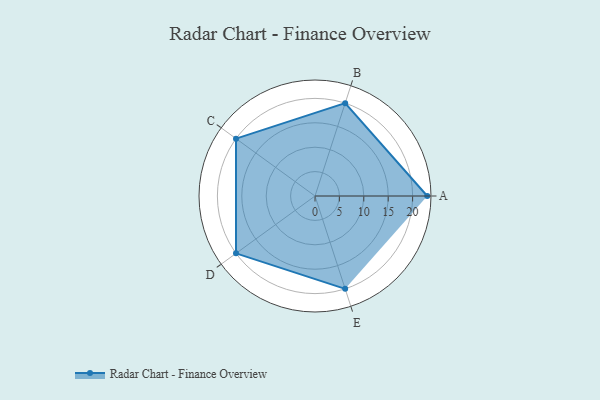
{"axis": {"x": "Skill", "y": "Score"}, "legend": ["Profile"], "data": [{"x": "A", "y": 23.0, "type": "Profile"}, {"x": "B", "y": 20, "type": "Profile"}, {"x": "C", "y": 20, "type": "Profile"}, {"x": "D", "y": 20, "type": "Profile"}, {"x": "E", "y": 20, "type": "Profile"}]}